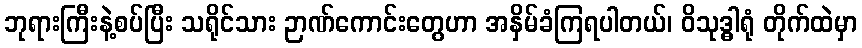
ဘုရားကြီးနဲ့စပ်ပြီး သရိုင်သား ဉာဏ်ကောင်းတွေဟာ အနှိမ်ခံကြရပါတယ်၊ ဝိသုဒ္ဓါရုံ တိုက်ထဲမှာ